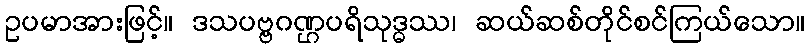
ဥပမာအားဖြင့်။ ဒသပဗ္ဗဂဏ္ဌပရိသုဒ္ဓဿ၊ ဆယ်ဆစ်တိုင်စင်ကြယ်သော။